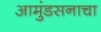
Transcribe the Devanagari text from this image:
आमुंडसनाचा